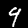
Digit: 9